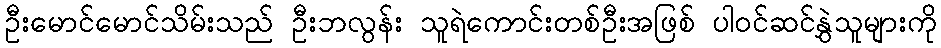
ဦးမောင်မောင်သိမ်းသည် ဦးဘလွန်း သူရဲကောင်းတစ်ဦးအဖြစ် ပါဝင်ဆင်နွှဲသူများကို